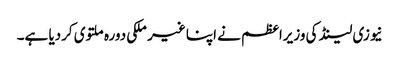
نیوزی لینڈ کی وزیراعظم نے اپنا غیر ملکی دورہ ملتوی کردیا ہے۔